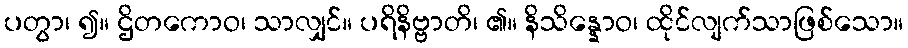
ပတွာ၊ ၍။ ဌိတကောဝ၊ သာလျှင်။ ပရိနိဗ္ဗာတိ၊ ၏။ နိသိန္နောဝ၊ ထိုင်လျက်သာဖြစ်သော။